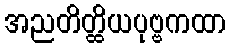
အညတိတ္ထိယပုဗ္ဗကထာ